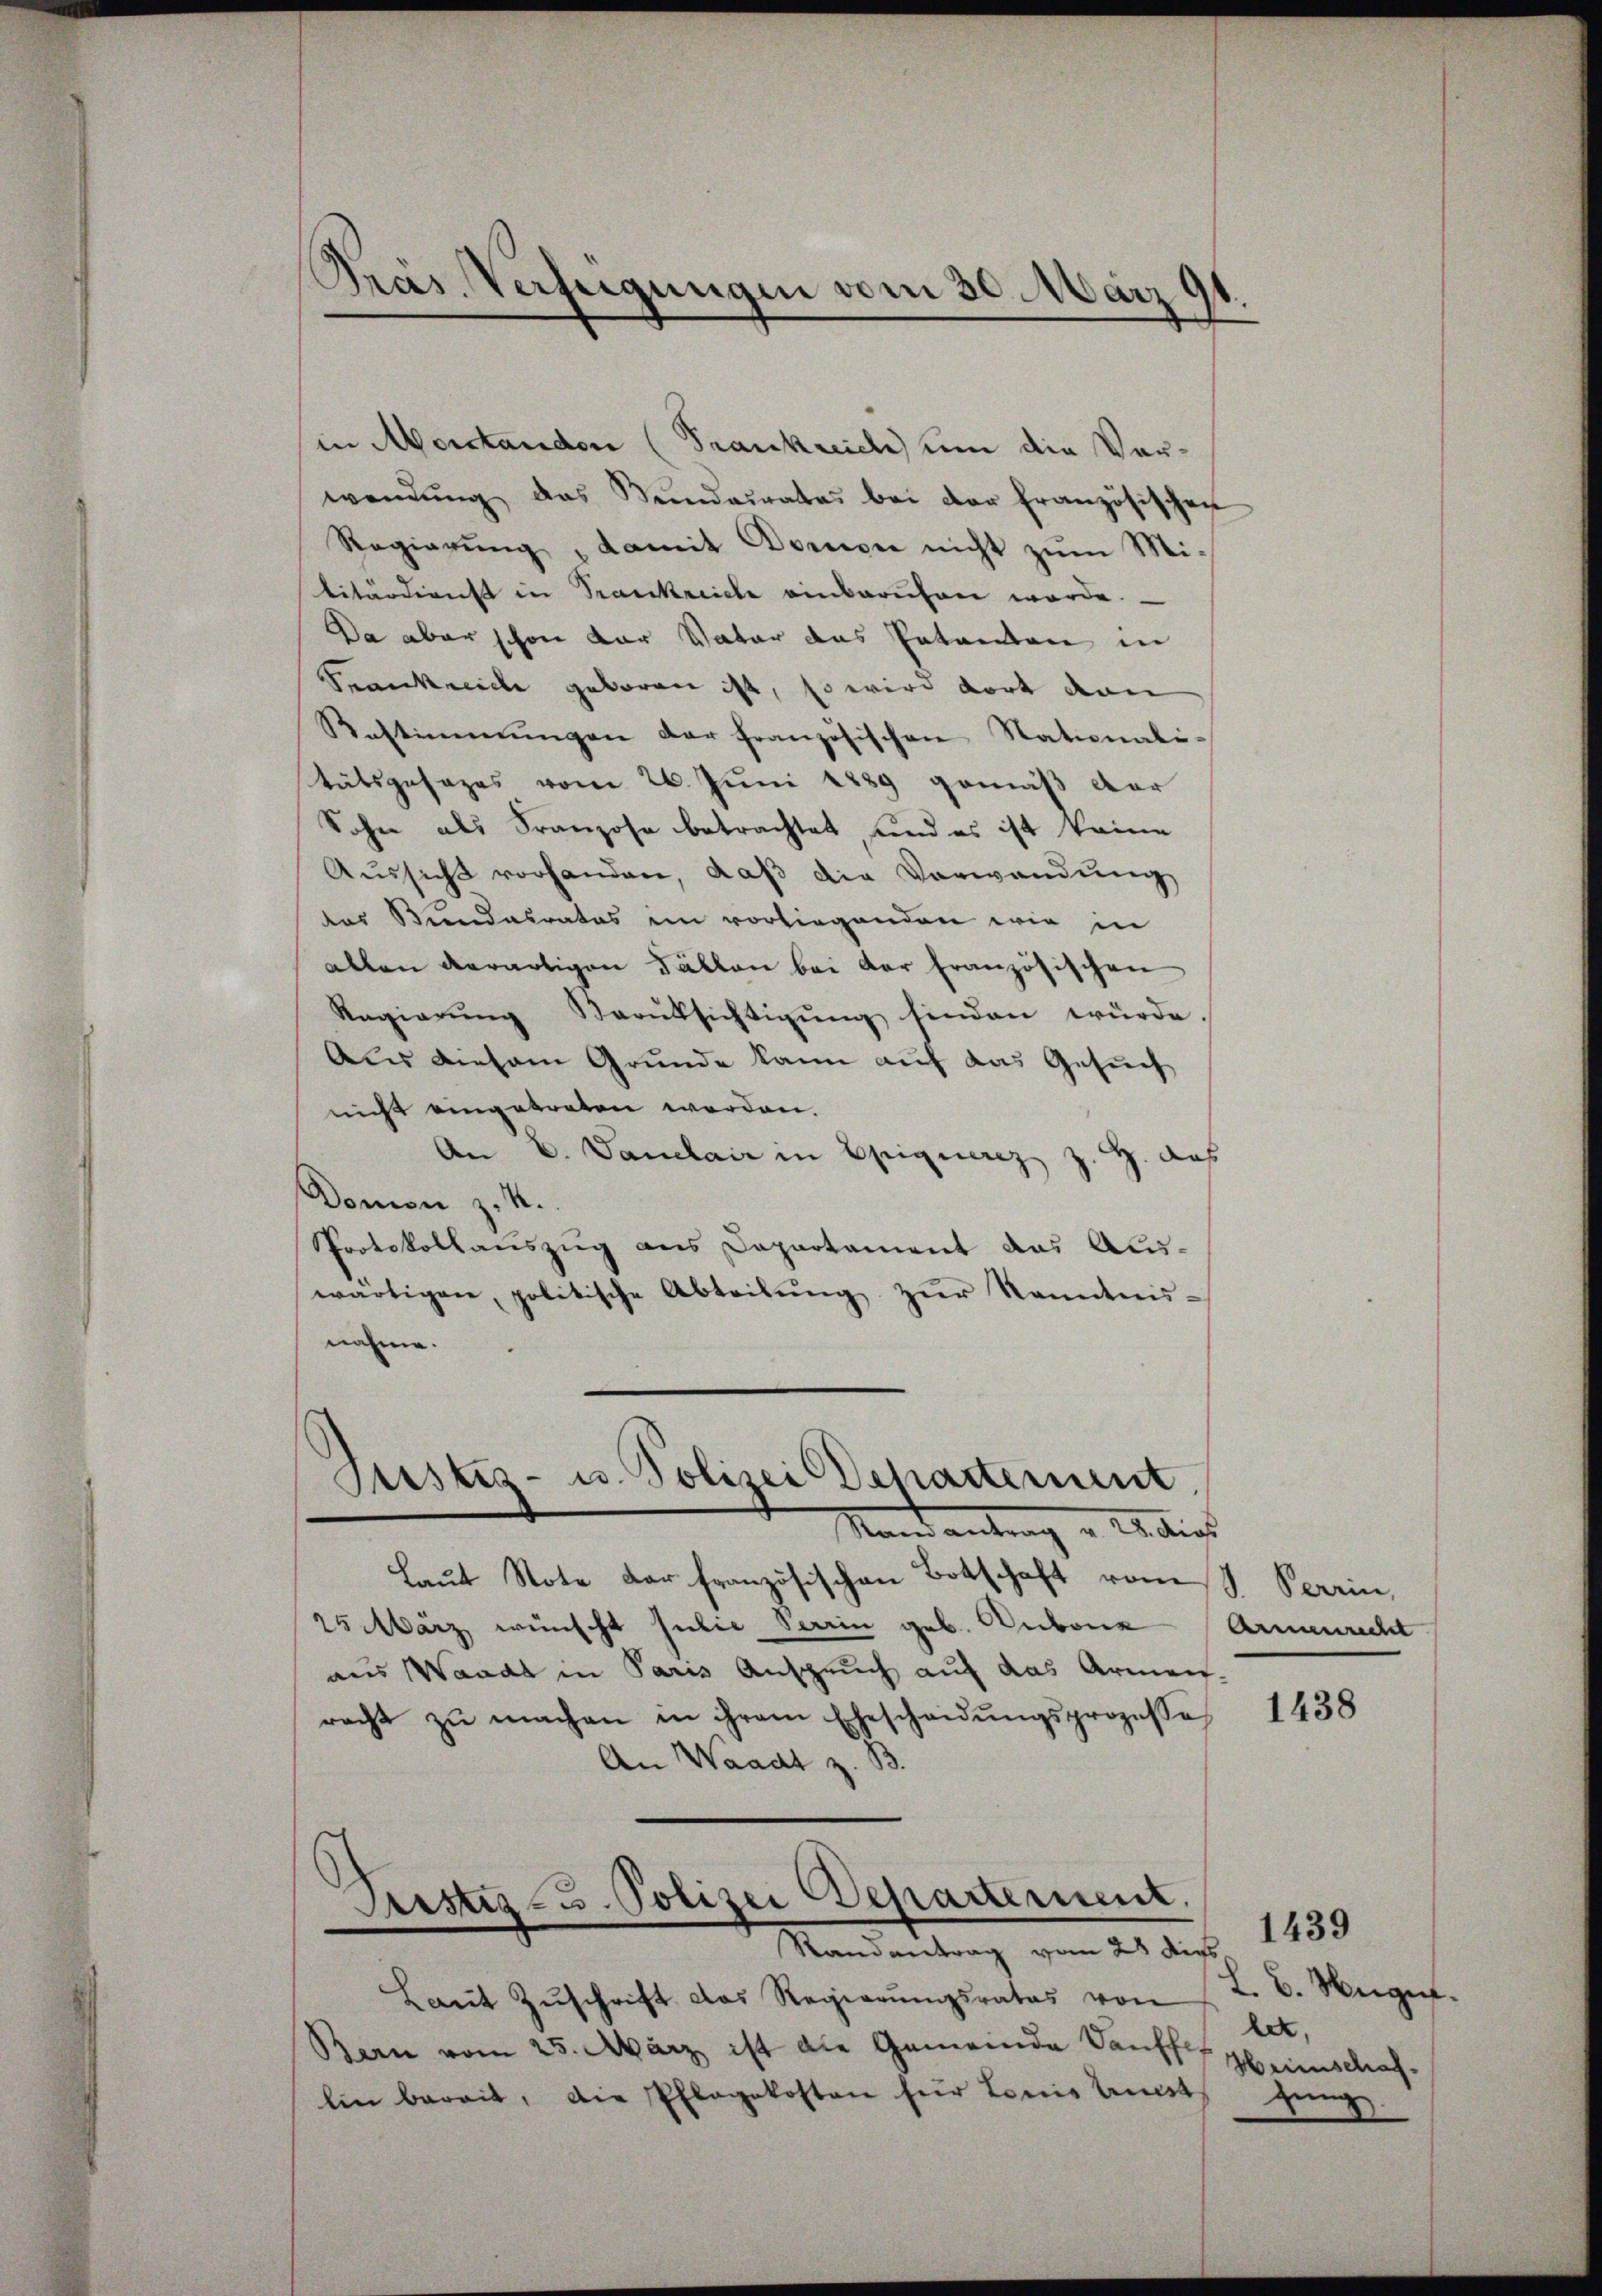
Präs. Verfügungen vom 30. März
.

in Morstanden (Frankreich um die Verwendŭng das Sŭndaŭrates bei der französischen
Regierŭng damit Domon nicht zum Mi-
titärdienst in Trankreiche einberuhen werde.
Da aber schon der Vater das Patenten in
Seankreiche geboren ist, so wird dort dann
Bestimmungen der französischen Stationali-
tätsgesages vom 26. Juni 1889 gemäß der
Sohne als Franzose betrachtet, und es ist keine
Aussicht vorhanden, daß die Verwendung
das Bundesrates im vorliegenden wie in
allen derartigen Fällen bei der französischen
Regierŭng darüksichtigŭng finden würde
Aus diesem Grunde kann auf das Gesuch
nicht eingetreten worden.
An E. Ganelair in Epiquerez z. Z. das
Domon z. K.
Protokollauszug aus Departament das Auswärtigen, politische Abteilŭng zŭr Kenntnis-
nahme.
Justiz- u. Polizei Departement
Stand antrag u. da dies
Laut Note der französischen Botschaft vom 8. Perin,
25 März wünscht Julie Seerin geb. Aubone
aus Waadt in Paris Anspruch auf das Armen-
racht zŭ machen in ihrem Ehescheidŭngsprozesse
An Waadt z. B.
Justiz- u. Polizei Departement.
Randantrag vom 28 des 1439
Laut Zŭschrift das Regierŭngsrates von
Bern vom 23. März ist die Gemeinde Sanft Heinschaflin bereit, die Pflegekosten für Louis leist jüng

Armenrecht

1438

L. B. Hugen.
let,